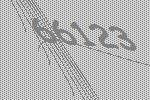
66123